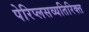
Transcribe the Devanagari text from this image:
पेरिप्लसव्यतिरिक्त